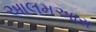
આલમઅારા